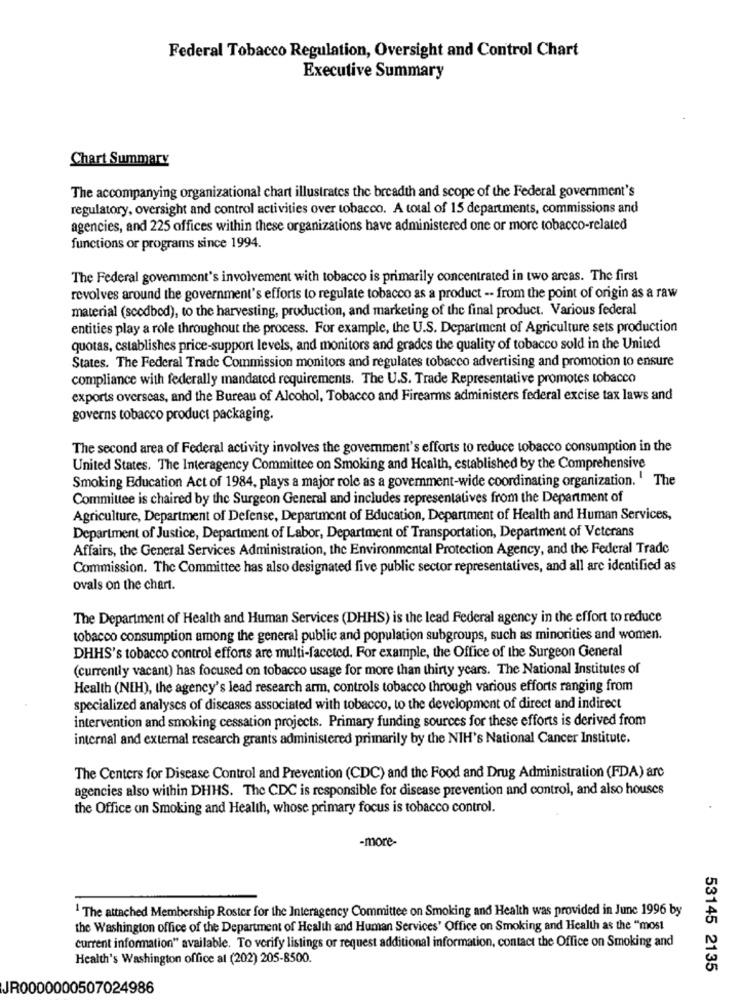
Federal Tobacco Regulation, Oversight and Control Chart
Executive Summary
Chart Summary
The accompanying organizational chart illustrates the breadth and scope of the Federal government's
regulatory, oversight and control activities over tobacco. A total of 15 departments, commissions and
agencies, and 225 offices within these organizations have administered one or more tobacco-related
functions or programs since 1994.
The Federal government's involvement with tobacco is primarily concentrated in two areas. The first
revolves around the government's efforts to regulate tobacco as a product -- from the point of origin as a raw
material (scodbod), to the harvesting, production, and marketing of the final product. Various federal
entities play a role throughout the process. For example, the U.S. Department of Agriculture sets production
quotas, establishes price-support levels, and monitors and grades the quality of tobacco sold in the United
States. The Federal Trade Commission monitors and regulates tobacco advertising and promotion to ensure
compliance with federally mandated requirements. The U.S. Trade Representative promotes tobacco
exports overseas, and the Bureau of Alcohol, Tobacco and Firearms administers federal excise tax laws and
governs tobacco product packaging.
The second area of Federal activity involves the government's efforts to reduce tobacco consumption in the
United States. The Interagency Committee on Smoking and Health, established by the Comprehensive
Smoking Education Act of 1984, plays a major role as a government-wide coordinating organization. " The
Committee is chaired by the Surgeon General and includes representatives from the Department of
Agriculture, Department of Defense, Department of Education, Department of Health and Human Services,
Department of Justice, Department of Labor, Department of Transportation, Department of Veterans
Affairs, the General Services Administration, the Environmental Protection Agency, and the Federal Trade
Commission. The Committee has also designated five public sector representatives, and all are identified as
ovals on the chart.
The Department of Health and Human Services (DHHS) is the lead Federal agency in the effort to reduce
tobacco consumption among the general public and population subgroups, such as minorities and women.
DHHS's tobacco control efforts are multi-faceted. For example, the Office of the Surgeon General
(currently vacant) has focused on tobacco usage for more than thirty years. The National Institutes of
Health (NIH), the agency's lead research arm, controls tobacco through various efforts ranging from
specialized analyses of diseases associated with tobacco, to the development of direct and indirect
intervention and smoking cessation projects. Primary funding sources for these efforts is derived from
internal and external research grants administered primarily by the NIH's National Cancer Institute.
The Centers for Disease Control and Prevention (CDC) and the Food and Drug Administration (FDA) arc
agencies also within DHHS. The CDC is responsible for disease prevention and control, and also houses
the Office on Smoking and Health, whose primary focus is tobacco control.
-more-
1 The attached Membership Roster for the Interagency Committee on Smoking and Health was provided in June 1996 by
the Washington office of the Department of Health and Human Services' Office on Smoking and Health as the "most
current information" available. To verify listings or request additional information, contact the Office on Smoking and
Health's Washington office at (202) 205-8500.
53145 2135
JR0000000507024986